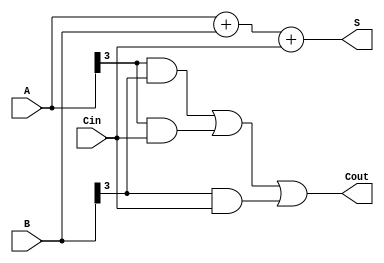
module adder4bit(input [3:0] A, input [3:0] B, input Cin, output [3:0] S, output Cout);

    assign S = A + B + Cin;
    assign Cout = (A[3]&B[3]) | (A[3]&Cin) | (B[3]&Cin);

endmodule